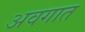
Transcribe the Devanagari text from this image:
अवगात